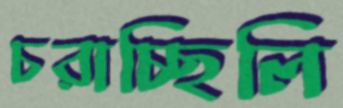
চরাচ্ছিলি